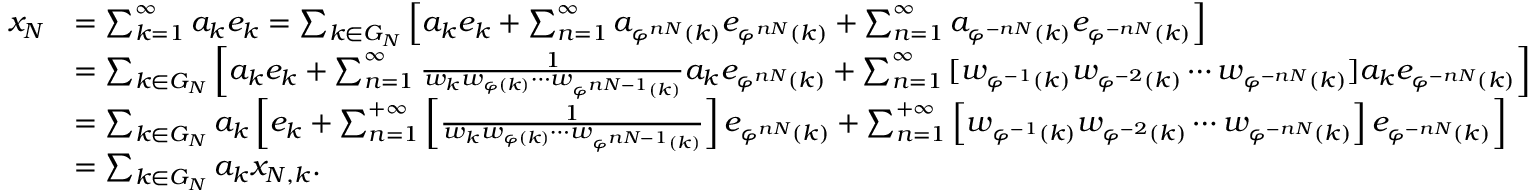
\begin{array} { r l } { x _ { N } } & { = \sum _ { k = 1 } ^ { \infty } { a _ { k } e _ { k } } = \sum _ { k \in G _ { N } } { \left[ a _ { k } e _ { k } + \sum _ { n = 1 } ^ { \infty } { a _ { \varphi ^ { n N } ( k ) } e _ { \varphi ^ { n N } ( k ) } } + \sum _ { n = 1 } ^ { \infty } { a _ { \varphi ^ { - n N } ( k ) } e _ { \varphi ^ { - n N } ( k ) } } \right] } } \\ & { = \sum _ { k \in G _ { N } } { \left[ a _ { k } e _ { k } + \sum _ { n = 1 } ^ { \infty } { \frac { 1 } { w _ { k } w _ { \varphi ( k ) } \cdots w _ { \varphi ^ { n N - 1 } ( k ) } } a _ { k } e _ { \varphi ^ { n N } ( k ) } } + \sum _ { n = 1 } ^ { \infty } { [ w _ { \varphi ^ { - 1 } ( k ) } w _ { \varphi ^ { - 2 } ( k ) } \cdots w _ { \varphi ^ { - n N } ( k ) } ] a _ { k } e _ { \varphi ^ { - n N } ( k ) } } \right] } } \\ & { = \sum _ { k \in G _ { N } } { a _ { k } \left[ e _ { k } + \sum _ { n = 1 } ^ { + \infty } { \left[ \frac { 1 } { w _ { k } w _ { \varphi ( k ) } \cdots w _ { \varphi ^ { n N - 1 } ( k ) } } \right] e _ { \varphi ^ { n N } ( k ) } } + \sum _ { n = 1 } ^ { + \infty } { \left[ w _ { \varphi ^ { - 1 } ( k ) } w _ { \varphi ^ { - 2 } ( k ) } \cdots w _ { \varphi ^ { - n N } ( k ) } \right] e _ { \varphi ^ { - n N } ( k ) } } \right] } } \\ & { = \sum _ { k \in G _ { N } } { a _ { k } x _ { N , k } } . } \end{array}